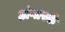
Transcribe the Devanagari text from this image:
अंगार्स्क